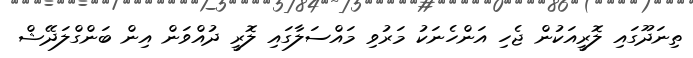
ތިނަދޫގައި ލޮރީއަކުން ޖެހި އަންހެނަކު މަރުވި މައްސަލާގައި ލޮރީ ދުއްވަން އިން ބަންގްލަދޭޝް